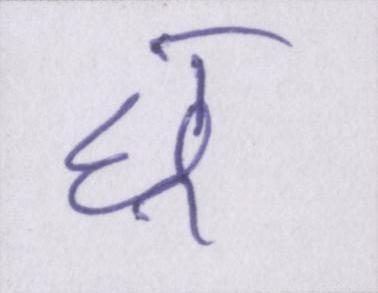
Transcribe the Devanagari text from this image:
छू